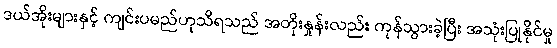
ဒယ်အိုးများနှင့် ကျင်းပမည်ဟုသိရသည် အတိုးနှုန်းလည်း ကုန်သွားခဲ့ပြီး အသုံးပြုနိုင်မှု